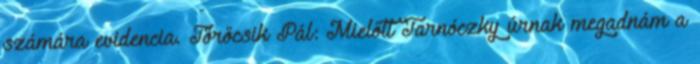
számára evidencia. Törőcsik Pál: Mielőtt Tarnóczky úrnak megadnám a